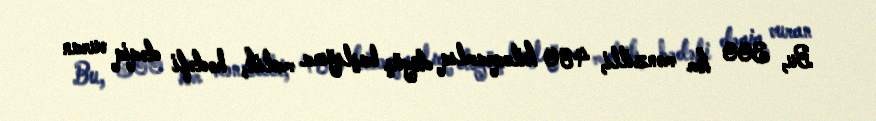
Bu, 300 km mənzilli, 480 kiloqramlıq döyüş başlığına malik, hədəfi dəqiq vuran